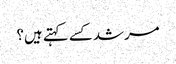
مرشد کسے کہتے ہیں؟